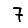
Digit: 7